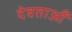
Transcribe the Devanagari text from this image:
देवताऑं